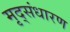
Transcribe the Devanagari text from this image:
मृद्‌संधारण